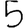
Digit: 5